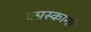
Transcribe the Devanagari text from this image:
क्प्रस्कामों